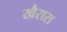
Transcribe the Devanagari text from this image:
खैरारा